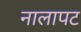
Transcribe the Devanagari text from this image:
नालापट